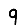
Digit: 9